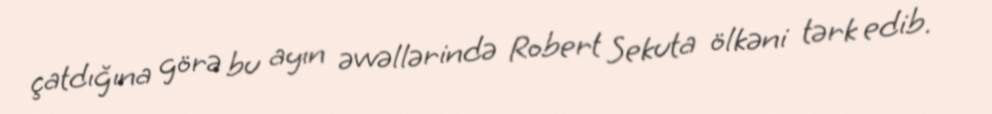
çatdığına görə bu ayın əvvəllərində Robert Sekuta ölkəni tərk edib.